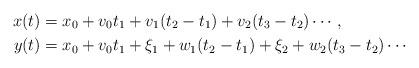
LaTeX: \begin{align*}x(t) & = x_0 + v_0 t_1 + v_1 (t_2-t_1) +v_2 (t_3-t_2) \cdots\,,\\ y(t) & = x_0 + v_0 t_1 + \xi_1+ w_1 (t_2-t_1) + \xi_2 + w_2 (t_3-t_2) \cdots\end{align*}